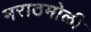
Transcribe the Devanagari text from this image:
मराठमोळी